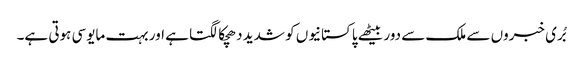
بُری خبروں سے ملک سے دور بیٹھے پاکستانیوں کو شدید دھچکا لگتا ہے اور بہت مایوسی ہوتی ہے۔